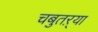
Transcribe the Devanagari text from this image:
चबुतऱ्या